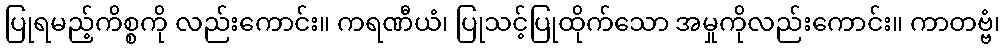
ပြုရမည့်ကိစ္စကို လည်းကောင်း။ ကရဏီယံ၊ ပြုသင့်ပြုထိုက်သော အမှုကိုလည်းကောင်း။ ကာတဗ္ဗံ၊